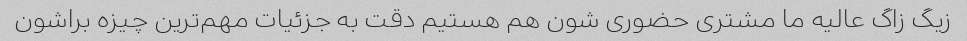
زیگ زاگ عالیه ما مشتری حضوری شون هم هستیم دقت به جزئیات مهم‌ترین چیزه براشون